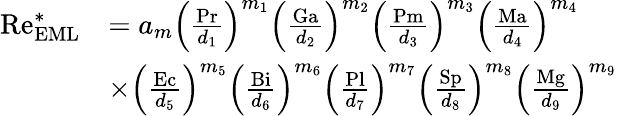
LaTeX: \begin{array}{rl}{\mathrm{Re}_{\mathrm{EML}}^{\ast}}&{=a_{m}\left(\frac{\mathrm{Pr}}{d_{1}}\right)^{m_{1}}\left(\frac{\mathrm{Ga}}{d_{2}}\right)^{m_{2}}\left(\frac{\mathrm{Pm}}{d_{3}}\right)^{m_{3}}\left(\frac{\mathrm{Ma}}{d_{4}}\right)^{m_{4}}}\\ &{\times\left(\frac{\mathrm{Ec}}{d_{5}}\right)^{m_{5}}\left(\frac{\mathrm{Bi}}{d_{6}}\right)^{m_{6}}\left(\frac{\mathrm{Pl}}{d_{7}}\right)^{m_{7}}\left(\frac{\mathrm{Sp}}{d_{8}}\right)^{m_{8}}\left(\frac{\mathrm{Mg}}{d_{9}}\right)^{m_{9}}}\end{array}